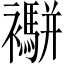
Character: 𧟁